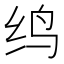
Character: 𬘞